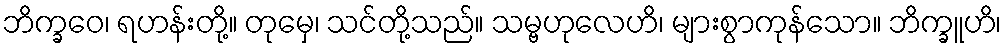
ဘိက္ခဝေ၊ ရဟန်းတို့။ တုမှေ၊ သင်တို့သည်။ သမ္ဗဟုလေဟိ၊ များစွာကုန်သော။ ဘိက္ခူဟိ၊